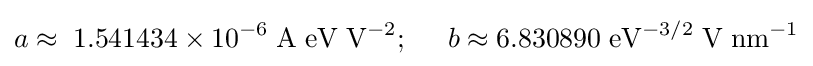
a\approx \;1.541434\times 10^{-6}\;\mathrm {A\;eV} \;{\mathrm {V} }^{-2};\;\;\;\;\;b\approx 6.830890\;{\mathrm {eV} }^{-3/2}\;\mathrm {V} \;{\mathrm {nm} }^{-1}